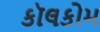
કૉલકોમ